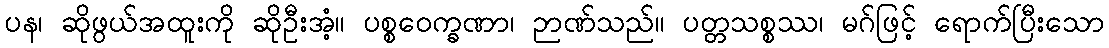
ပန၊ ဆိုဖွယ်အထူးကို ဆိုဦးအံ့။ ပစ္စဝေက္ခဏာ၊ ဉာဏ်သည်။ ပတ္တသစ္စဿ၊ မဂ်ဖြင့် ရောက်ပြီးသော